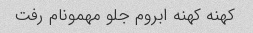
کهنه کهنه ابروم جلو مهمونام رفت